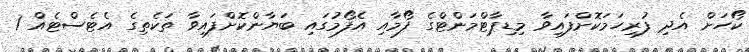
ކޯހަށް އެދި ފުރިހަމަކޮށްފައިވާ މިޑިޕާޓްމަންޓްގެ ފޯމާއި އެފޯމުގައި ބަޔާންކޮށްފައިވާ ތަކެތިގެ އެޓެސްޓެއް 1